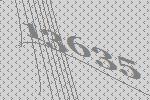
13635